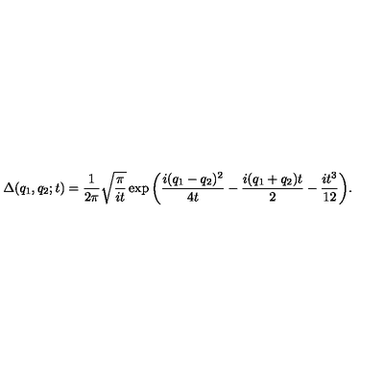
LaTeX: \Delta ( q _ { 1 } , q _ { 2 } ; t ) = { \frac 1 { 2 \pi } } \sqrt { { \frac \pi { i t } } } \exp { \left( { \frac { i ( q _ { 1 } - q _ { 2 } ) ^ { 2 } } { 4 t } } - { \frac { i ( q _ { 1 } + q _ { 2 } ) t } 2 } - { \frac { i t ^ { 3 } } { 1 2 } } \right) } .